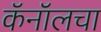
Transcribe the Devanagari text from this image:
कॅनॉलचा